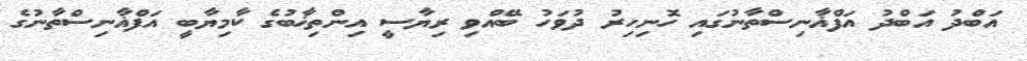
އަބްދު އަބްދު އަފްޣާނިސްތާނުގައި ހޮނިހިރު ދުވަހު ބޭއްވި ރިޔާސީ އިންތިޚާބުގެ ކާމިޔާބީ އަފްޣާނިސްތާނުގެ